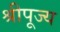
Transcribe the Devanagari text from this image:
श्रीपूज्य